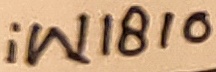
Text: iW1810